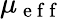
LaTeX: \mu_{\mathrm{~e~f~f~}}